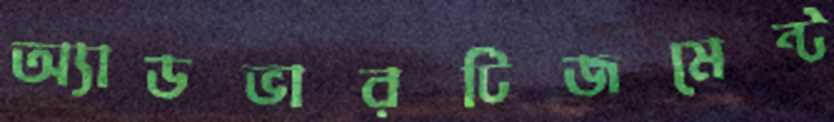
অ্যাডভারটিজমেন্ট